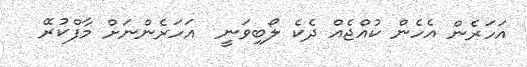
އަހަރެން އެހެން ކުއްޖެއް ދެކެ ލޯބިވަނީ  އަހަރެންނަށް މާފްކުރޭ